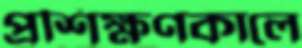
প্রশিক্ষণকালে